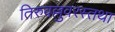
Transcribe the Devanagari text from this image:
तिरुवल्लुवरस्तथा